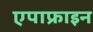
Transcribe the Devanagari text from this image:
एपाफ्राइन